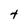
Character: t